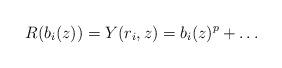
LaTeX: \begin{align*} R(b_i(z)) =Y(r_i, z) = b_i(z)^p +\ldots\end{align*}